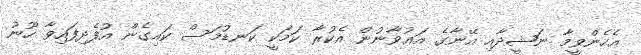
އެހެންވީމާ ނަޝީދާއި އޭނާގެ އަޢުވާނުން އެކުރާ ކަމަކީ ކަނޑުމަސް ކައިގެން އުފެދިފައިވާ ހޫނު